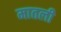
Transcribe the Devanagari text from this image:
मातली